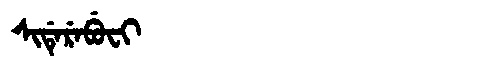
Manchu: ᠰᡳᡩᡝᡵᡝᠪᡠᠸᡳ
Romanization: SIDEREBUFI